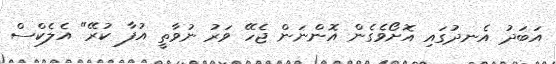
އަބަދު އެނދުގައި އޮށޯވެގެން އޮންނަން ޖެހޭ ވަރު ނުވާތީ އުފާ ކުރޭ" އެލެކްސް